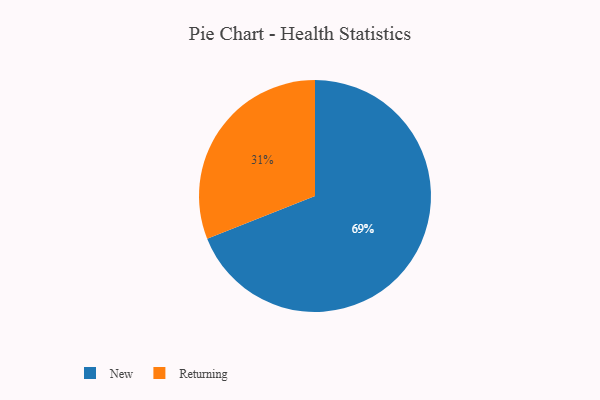
{"axis": {"x": "Category", "y": "Percentage"}, "legend": ["New", "Returning"], "data": [{"x": "New", "y": 69, "type": "New"}, {"x": "Returning", "y": 31, "type": "Returning"}]}